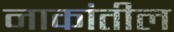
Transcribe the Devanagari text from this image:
नाकांतील